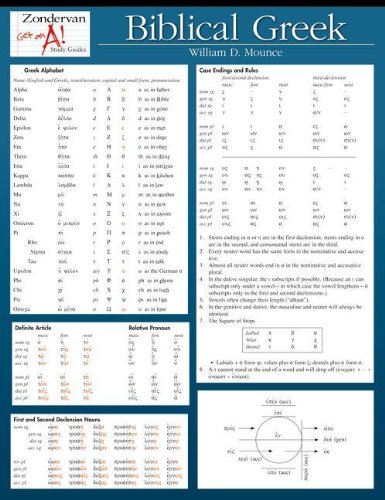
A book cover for Biblical Greek Laminated Sheet (Zondervan Get an A! Study Guides); William D. Mounce; Christian Books & Bibles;